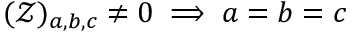
( \mathcal { Z } ) _ { a , b , c } \ne 0 \implies a = b = c